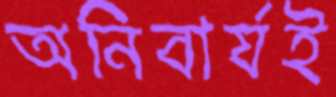
অনিবার্যই